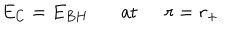
E _ { C } = E _ { B H } \ \ \ \mathrm { a t } \ \ r = r _ { + }